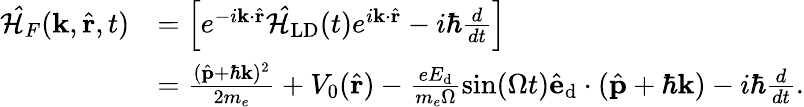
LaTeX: \begin{array}{rl}{\mathcal{\hat{H}}_{F}(\mathbf{k},\hat{\mathbf{r}},t)}&{=\left[e^{-i\mathbf{k}\cdot\hat{\mathbf{r}}}\mathbf{\mathcal{\hat{H}}}_{\textrm{LD}}(t)e^{i\mathbf{k}\cdot\hat{\mathbf{r}}}-i\hbar\frac{d}{dt}\right]}\\ &{=\frac{(\hat{\mathbf{p}}+\hbar\mathbf{k})^{2}}{2m_{e}}+V_{0}(\hat{\mathbf{r}})-\frac{eE_{\textrm{d}}}{m_{e}\Omega}\sin(\Omega t)\hat{\mathbf{e}}_{\textrm{d}}\cdot(\hat{\mathbf{p}}+\hbar\mathbf{k})-i\hbar\frac{d}{dt}.}\end{array}